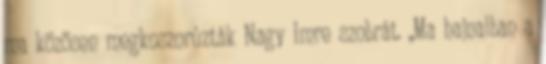
ma közösen megkoszorúzták Nagy Imre szobrát. „Ma hajnalban a